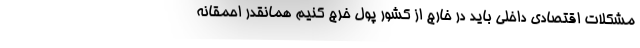
مشکلات اقتصادی داخلی باید در خارج از کشور پول خرج کنیم همانقدر احمقانه